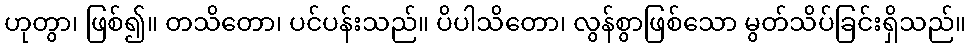
ဟုတွာ၊ ဖြစ်၍။ တသိတော၊ ပင်ပန်းသည်။ ပိပါသိတော၊ လွန်စွာဖြစ်သော မွတ်သိပ်ခြင်းရှိသည်။